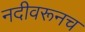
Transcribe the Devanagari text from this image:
नदीवरूनच